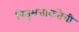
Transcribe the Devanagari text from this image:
पितृसत्ताकतेची